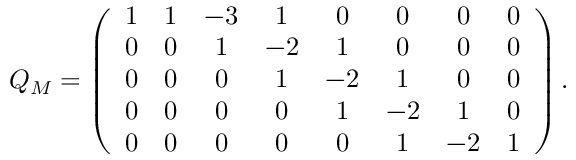
Q _ { \cal M } = \left( \begin{array} { c c c c c c c c c } { { 1 } } & { { 1 } } & { { - 3 } } & { { 1 } } & { { 0 } } & { { 0 } } & { { 0 } } & { { 0 } } \\ { { 0 } } & { { 0 } } & { { 1 } } & { { - 2 } } & { { 1 } } & { { 0 } } & { { 0 } } & { { 0 } } \\ { { 0 } } & { { 0 } } & { { 0 } } & { { 1 } } & { { - 2 } } & { { 1 } } & { { 0 } } & { { 0 } } \\ { { 0 } } & { { 0 } } & { { 0 } } & { { 0 } } & { { 1 } } & { { - 2 } } & { { 1 } } & { { 0 } } \\ { { 0 } } & { { 0 } } & { { 0 } } & { { 0 } } & { { 0 } } & { { 1 } } & { { - 2 } } & { { 1 } } \end{array} \right) .